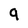
Character: 9